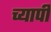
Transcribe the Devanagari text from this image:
च्यापी